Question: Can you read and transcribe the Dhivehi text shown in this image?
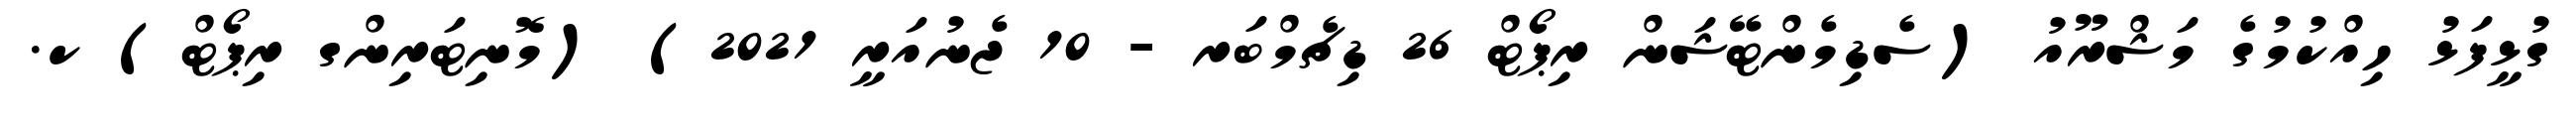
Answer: ގުޅީފަޅު ހިއްކުމުގެ މަޝްރޫއު (ސެޑިމެންޓޭޝަން ރިޕޯޓް 26 ޑިޗެމްބަރ - 10 ޖެނުއަރީ 2021) (މޮނިޓަރިންގ ރިޕޯޓް) ކ.